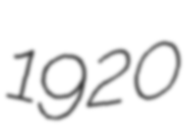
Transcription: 1920